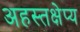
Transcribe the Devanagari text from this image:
अहस्तक्षेप्य